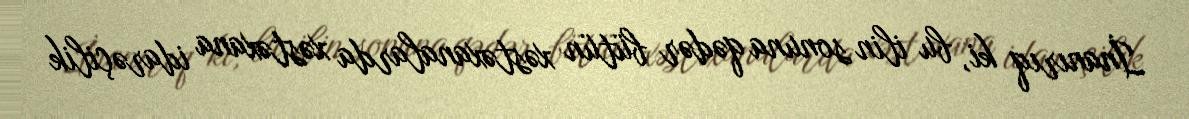
İnanırıq ki, bu ilin sonuna qədər bütün xəstəxanalarda xəstəxana idarəçilik